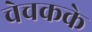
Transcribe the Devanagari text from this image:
चेचकके